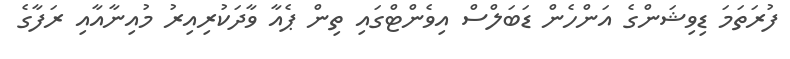
ފުރަތަމަ ޑިވިޝަންގެ އަންހެން ޑަބަލްސް އިވެންޓްގައި ތިން ޕެއާ ވާދަކުރިއިރު މުއިނާއާއި ރަފާގެ